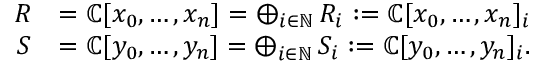
\begin{array} { r l } { R } & { = \mathbb { C } [ x _ { 0 } , \dots , x _ { n } ] = \bigoplus _ { i \in \mathbb { N } } R _ { i } : = \mathbb { C } [ x _ { 0 } , \dots , x _ { n } ] _ { i } } \\ { S } & { = \mathbb { C } [ y _ { 0 } , \dots , y _ { n } ] = \bigoplus _ { i \in \mathbb { N } } S _ { i } : = \mathbb { C } [ y _ { 0 } , \dots , y _ { n } ] _ { i } . } \end{array}